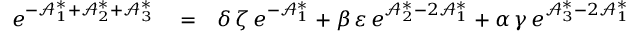
\begin{array} { r l r } { e ^ { - \mathcal { A } _ { 1 } ^ { \ast } + \mathcal { A } _ { 2 } ^ { \ast } + \mathcal { A } _ { 3 } ^ { \ast } } } & { { } = } & { \delta \, \zeta \, e ^ { - \mathcal { A } _ { 1 } ^ { \ast } } + \beta \, \varepsilon \, e ^ { \mathcal { A } _ { 2 } ^ { \ast } - 2 \mathcal { A } _ { 1 } ^ { \ast } } + \alpha \, \gamma \, e ^ { \mathcal { A } _ { 3 } ^ { \ast } - 2 \mathcal { A } _ { 1 } ^ { \ast } } } \end{array}